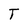
Character: T